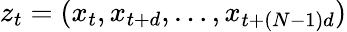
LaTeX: z_{t}=(x_{t},x_{t+d},\ldots,x_{t+(N-1)d})